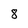
Character: 8